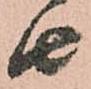
由